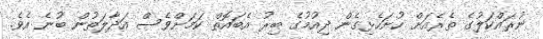
ނުރައްކަލުގެ ތެރެއަށް ހުށަހެޅިގެން ދިއުމުގެ ބިރު އެބައޮތް ކަމަށްވެސް އަދާލަތުން ބުނެ އެވެ.